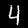
Label: 4